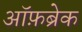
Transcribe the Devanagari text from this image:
ऑफ़ब्रेक